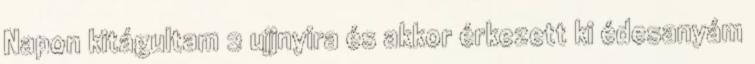
Napon kitágultam 2 ujjnyira és akkor érkezett ki édesanyám